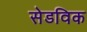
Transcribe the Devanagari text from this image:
सेडविक